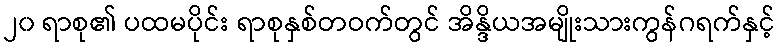
၂၀ ရာစု၏ ပထမပိုင်း ရာစုနှစ်တဝက်တွင် အိန္ဒိယအမျိုးသားကွန်ဂရက်နှင့်